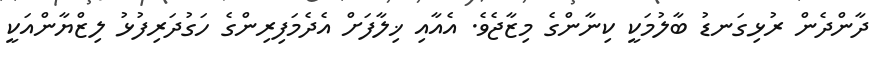
ދާންދެން ރުޅިގަނޑު ބާލުމަކީ ކިނާންގެ މިޒާޖެވެ. އެއާއި ޚިލާފަށް އެދެމަފިރިންގެ ހަގުދަރިފުޅު ލިޒްޔާންއަކީ